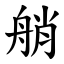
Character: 艄